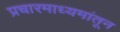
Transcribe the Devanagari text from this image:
प्रचारमाध्यमांतून